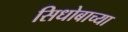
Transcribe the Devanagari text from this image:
सिधोबाच्या